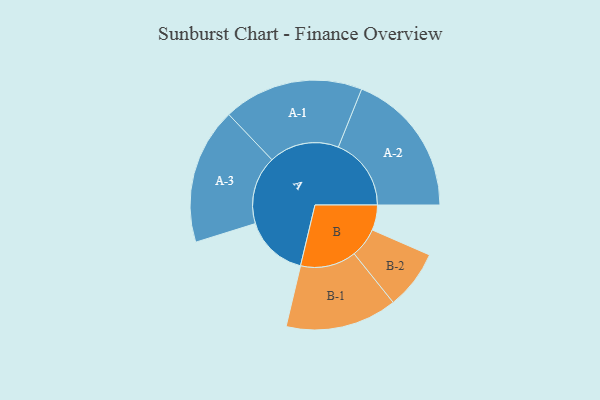
{"axis": {"x": "Segment", "y": "Value"}, "legend": ["", "A", "B"], "data": [{"x": "A", "y": 257, "type": ""}, {"x": "B", "y": 102, "type": ""}, {"x": "A-1", "y": 284, "type": "A"}, {"x": "A-2", "y": 295, "type": "A"}, {"x": "A-3", "y": 276, "type": "A"}, {"x": "B-1", "y": 226, "type": "B"}, {"x": "B-2", "y": 120, "type": "B"}]}